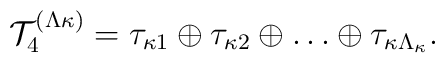
{\cal T}^{(\Lambda\kappa)}_4 = \tau_{\kappa 1} \oplus                           \tau_{\kappa 2} \oplus \ldots \oplus                           \tau_{\kappa \Lambda_\kappa}.